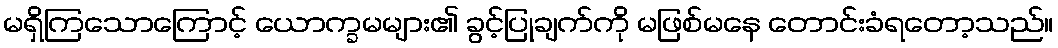
မရှိကြသောကြောင့် ယောက္ခမများ၏ ခွင့်ပြုချက်ကို မဖြစ်မနေ တောင်းခံရတော့သည်။